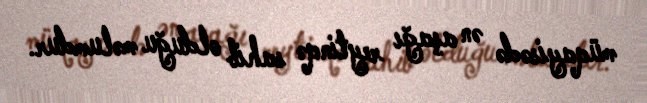
müqayisədə ən aşağı reytinqə sahib olduğu məlumdur.